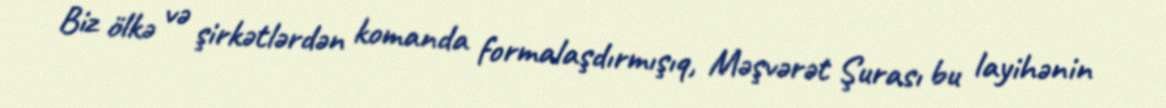
Biz ölkə və şirkətlərdən komanda formalaşdırmışıq, Məşvərət Şurası bu layihənin